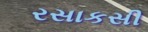
રસાકસી